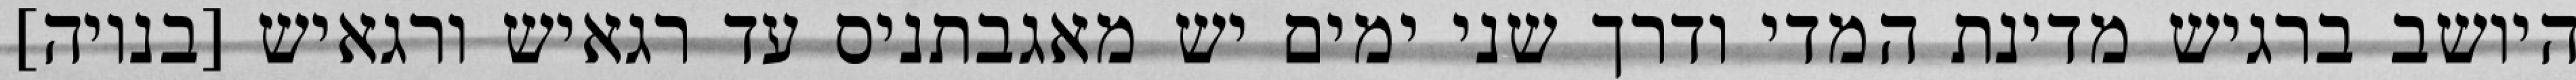
היושב ברגיש מדינת המדי ודרך שני ימים יש מאגבתניס עד רגאיש ורגאיש [בנויה]